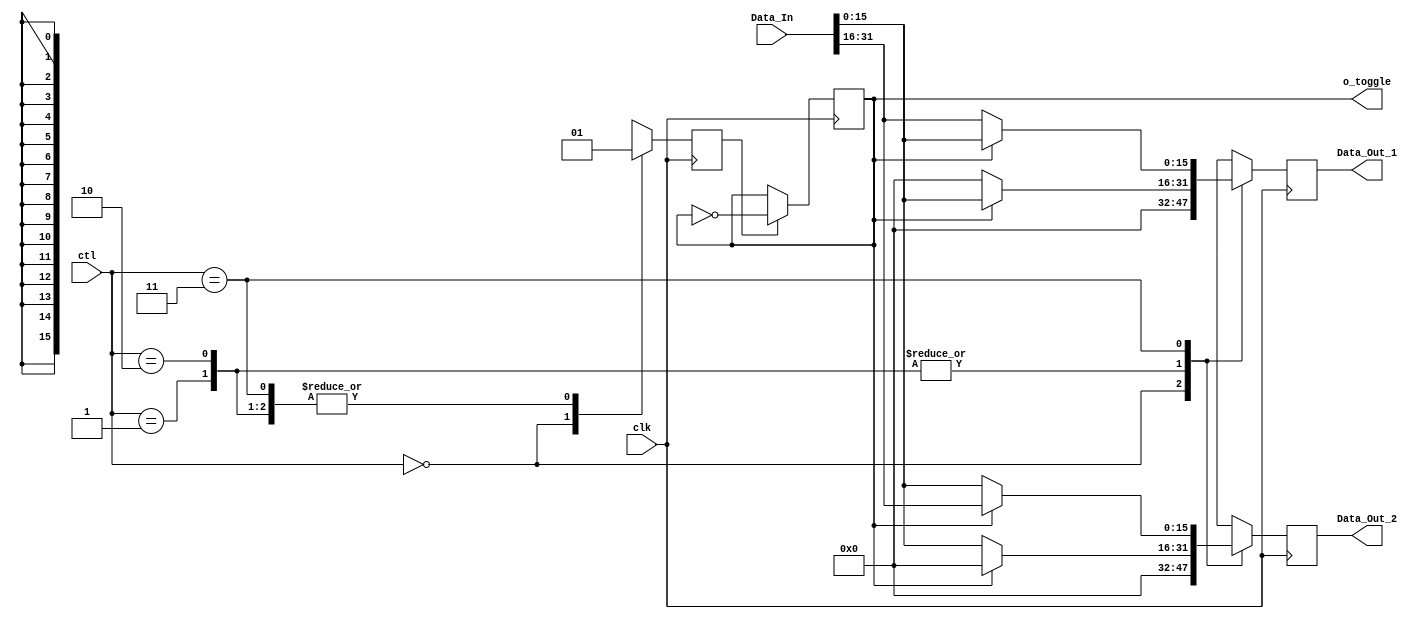
module Divider  (   clk, ctl, o_toggle,
                    Data_In,
                    Data_Out_1, Data_Out_2
);

input clk;
input [1:0] ctl;
input [31:0] Data_In;
output reg [15:0] Data_Out_1, Data_Out_2;

output o_toggle;

reg toggle = 0;
reg EN_toggle;

always @(posedge clk) begin
    if (EN_toggle) begin
        toggle = ~toggle;
    end
	 else begin
			toggle = toggle;
	 end
end

always @(posedge clk) begin
    case (ctl)
        2'b00: 
        begin
            Data_Out_1 <= 0;
            Data_Out_2 <= 0;
            EN_toggle <= 0;
        end

        2'b01:
        begin
            Data_Out_1 = toggle ? Data_In[15:0] : 0;
            Data_Out_2 = toggle ? 0 : Data_In[15:0];
            EN_toggle <= 1;
        end

        2'b10:
        begin
            Data_Out_1 = toggle ? Data_In[15:0] : 0;
            Data_Out_2 = toggle ? 0 : Data_In[15:0];
            EN_toggle <= 1;
        end

        2'b11:
        begin
            Data_Out_1 = toggle ? Data_In[15:0] : Data_In[31:16];
            Data_Out_2 = toggle ? Data_In[31:16] : Data_In[15:0];
            EN_toggle <= 1;
        end
        default: 
		  begin
            Data_Out_1 <= 0;
            Data_Out_2 <= 0;
            EN_toggle <= 0;
			end
    endcase
end

assign o_toggle = toggle;

endmodule